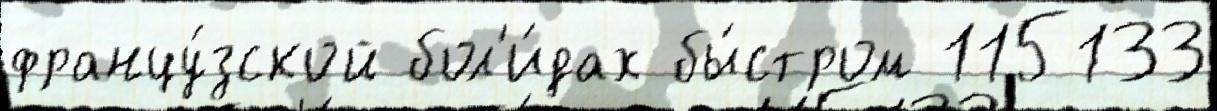
францу́зской бол'и́дах бы́стром 115133